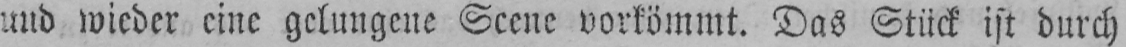
und wieder eine gelungene Scene vorkömmt. Das Stück ist durch